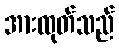
အားထုတ်သည်